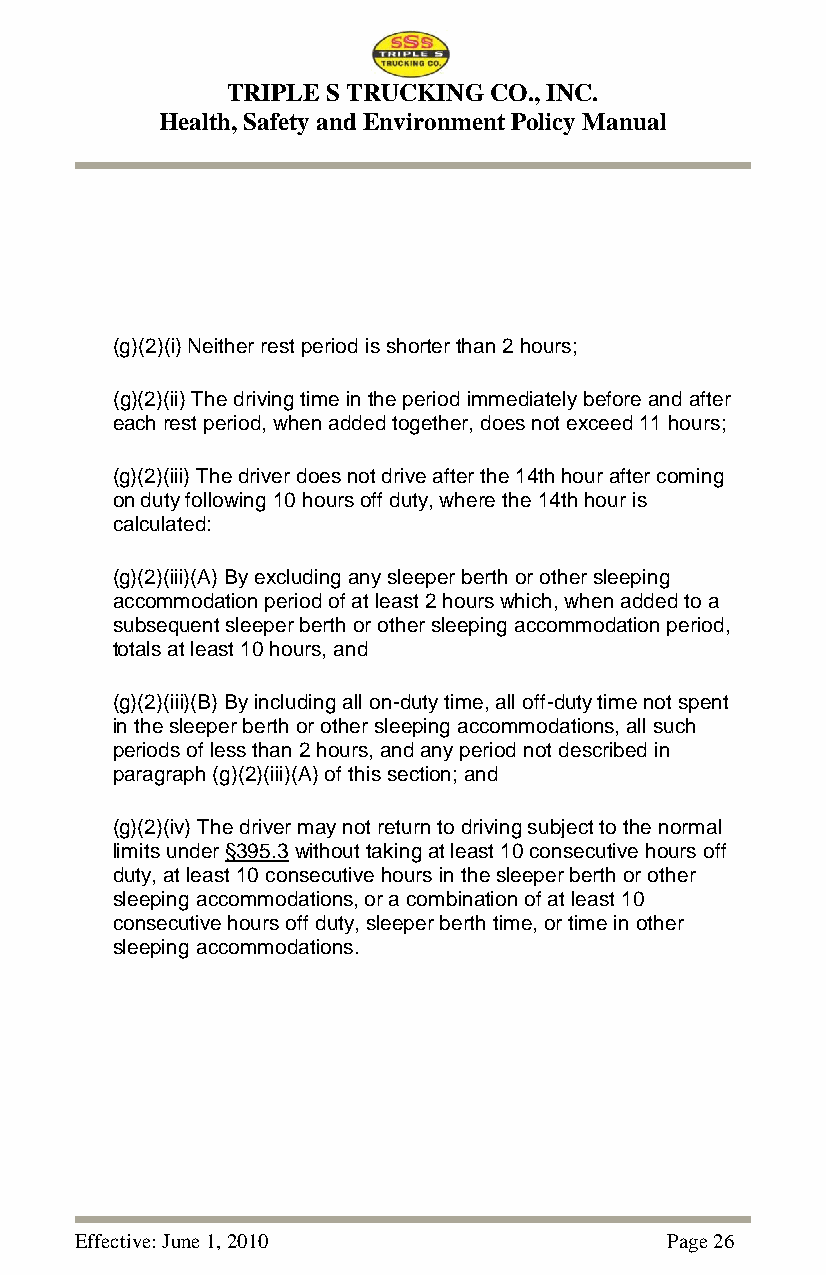
TRIPLE S TRUCKING CO., INC.
 Health, Safety and Environment Policy Manual
 (g)(2)(i) Neither rest period is shorter than 2 hours;
 (g)(2)(ii) The driving time in the period immediately before and after
 each rest period, when added together, does not exceed 11 hours;
 (g)(2)(iii) The driver does not drive after the 14th hour after coming
 on duty following 10 hours off duty, where the 14th hour is
 calculated:
 (g)(2)(iii)(A) By excluding any sleeper berth or other sleeping
 accommodation period of at least 2 hours which, when added to a
 subsequent sleeper berth or other sleeping accommodation period,
 totals at least 10 hours, and
 (g)(2)(iii)(B) By including all on-duty time, all off-duty time not spent
 in the sleeper berth or other sleeping accommodations, all such
 periods of less than 2 hours, and any period not described in
 paragraph (g)(2)(iii)(A) of this section; and
 (g)(2)(iv) The driver may not return to driving subject to the normal
 limits under §395.3 without taking at least 10 consecutive hours off
 duty, at least 10 consecutive hours in the sleeper berth or other
 sleeping accommodations, or a combination of at least 10
 consecutive hours off duty, sleeper berth time, or time in other
 sleeping accommodations.
 Effective: June 1, 2010                Page 26